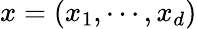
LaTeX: x=(x_{1},\cdots,x_{d})